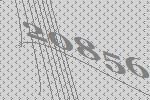
20856